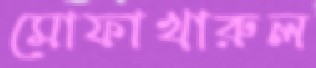
মোফাখারুল